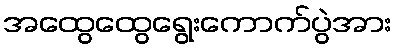
အထွေထွေရွေးကောက်ပွဲအား